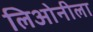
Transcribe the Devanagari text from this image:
लिओनीला